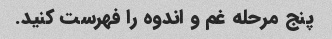
پنج مرحله غم و اندوه را فهرست کنید.